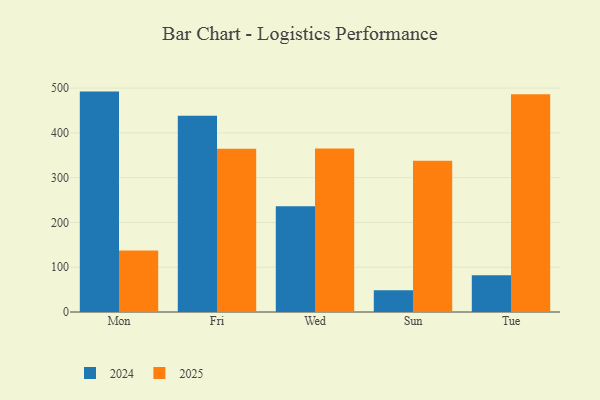
{"axis": {"x": "Day", "y": "Operating Costs (USD K)"}, "legend": ["2024", "2025"], "data": [{"x": "Mon", "y": 492.2, "type": "2024"}, {"x": "Mon", "y": 137.5, "type": "2025"}, {"x": "Fri", "y": 438.4, "type": "2024"}, {"x": "Fri", "y": 364.8, "type": "2025"}, {"x": "Wed", "y": 235.9, "type": "2024"}, {"x": "Wed", "y": 365.2, "type": "2025"}, {"x": "Sun", "y": 48.6, "type": "2024"}, {"x": "Sun", "y": 337.6, "type": "2025"}, {"x": "Tue", "y": 81.8, "type": "2024"}, {"x": "Tue", "y": 486.3, "type": "2025"}]}